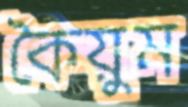
কৈয়ুম